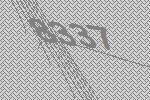
8337